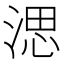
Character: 㴓